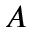
A